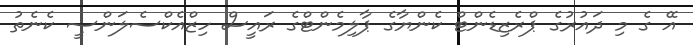
އޭ ގެ މި ދައުރުގެ ޕްރެޒިޑެންޓް ކެންޔާގެ ޕާލިމެންޓްގެ ރައީސް ހިޒްއެކްސެލަންސީ ކެނެތު